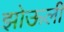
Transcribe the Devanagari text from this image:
झोऊली